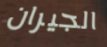
الجيران